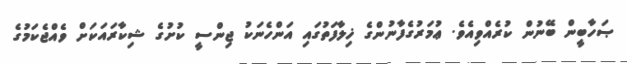
ޞަހާބީން ބޭނުން ކުރެއްވިއެވެ. ޢުމަރުގެފާނުންގެ ޚިލާފަތުގައި އަންހެނަކު ޖިންސީ ކުށުގެ ޝިކާރައަކަށް ވެއްޖެކަމުގެ